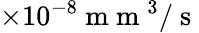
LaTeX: \times 10^{-8}\mathrm{~m~m~}^{3}/\mathrm{~s~}